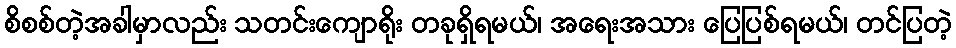
စိစစ်တဲ့အခါမှာလည်း သတင်းကျောရိုး တခုရှိရမယ်၊ အရေးအသား ပြေပြစ်ရမယ်၊ တင်ပြတဲ့